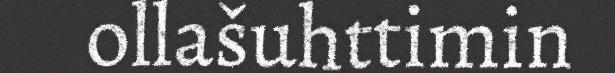
ollašuhttimin